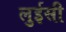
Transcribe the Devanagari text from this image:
लुईसी